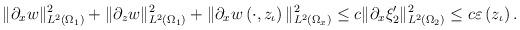
LaTeX: \begin{align*} \|\partial_xw\|^2_{L^2\left(\Omega_1\right)}+\|\partial_zw\|^2_{L^2\left(\Omega_1\right)}+\|\partial_xw\left(\cdot,z_\iota\right)\|^2_{L^2\left(\Omega_x\right)}\leq c\|\partial_x\xi_2^\prime\|^2_{L^2\left(\Omega_2\right)}\leq c\varepsilon\left(z_\iota\right).\end{align*}